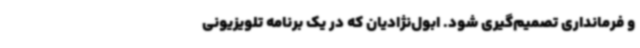
و فرمانداری تصمیم‌گیری شود. ابول‌نژادیان که در یک برنامه تلویزیونی